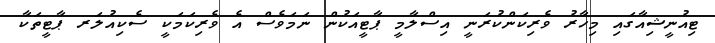
ޓިއުނީޝިއާގައި މިހާރު ވެރިކަންކުރަނީ އިސްލާމީ ޕާޓީއަކުން ނަމަވެސް އެ ވެރިކަމަކީ ސެކިއުލަރ ޕާޓީތަކާ